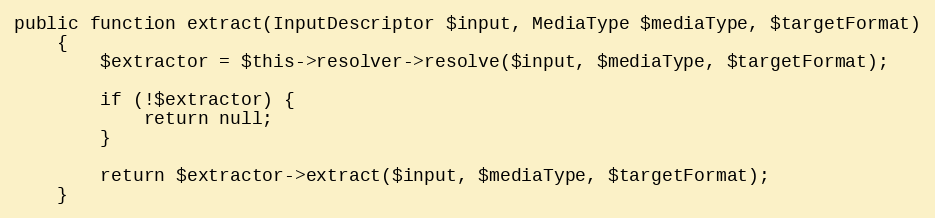
Language: PHP
public function extract(InputDescriptor $input, MediaType $mediaType, $targetFormat)
    {
        $extractor = $this->resolver->resolve($input, $mediaType, $targetFormat);

        if (!$extractor) {
            return null;
        }

        return $extractor->extract($input, $mediaType, $targetFormat);
    }